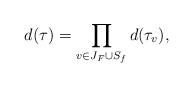
LaTeX: \begin{align*}d(\tau) = \prod_{v\in J_F \cup S_{f}} d(\tau_v),\end{align*}